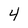
Character: 4